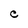
Character: C